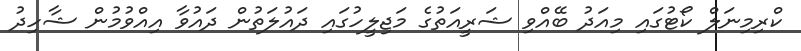
ކްރިމިނަލް ކޯޓުގައި މިއަދު ބޭއްވި ޝަރީއަތުގެ މަޖިލީހުގައި ދައުލަތުން ދައުވާ އިއްވުމުން ޝާހިދު